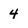
Character: 4